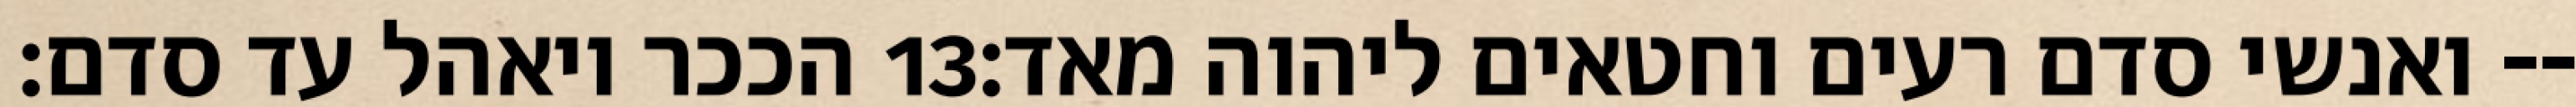
הככר ויאהל עד סדם׃ ‎13‏ ואנשי סדם רעים וחטאים ליהוה מאד׃--